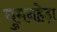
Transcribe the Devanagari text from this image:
घुमनहेड़ा